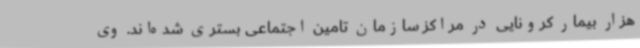
هزار بیمار کرونایی در مراکز سازمان تامین اجتماعی بستری شده‌اند. وی